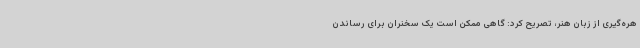
هره‌گیری از زبان هنر، تصریح کرد: گاهی ممکن است یک سخنران برای رساندن